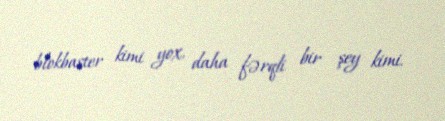
blokbaster kimi yox, daha fərqli bir şey kimi.